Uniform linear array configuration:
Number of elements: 12
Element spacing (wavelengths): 0.5
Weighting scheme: binomial
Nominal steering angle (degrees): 30
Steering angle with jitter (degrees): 29.396
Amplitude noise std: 0.05
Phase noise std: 0.05

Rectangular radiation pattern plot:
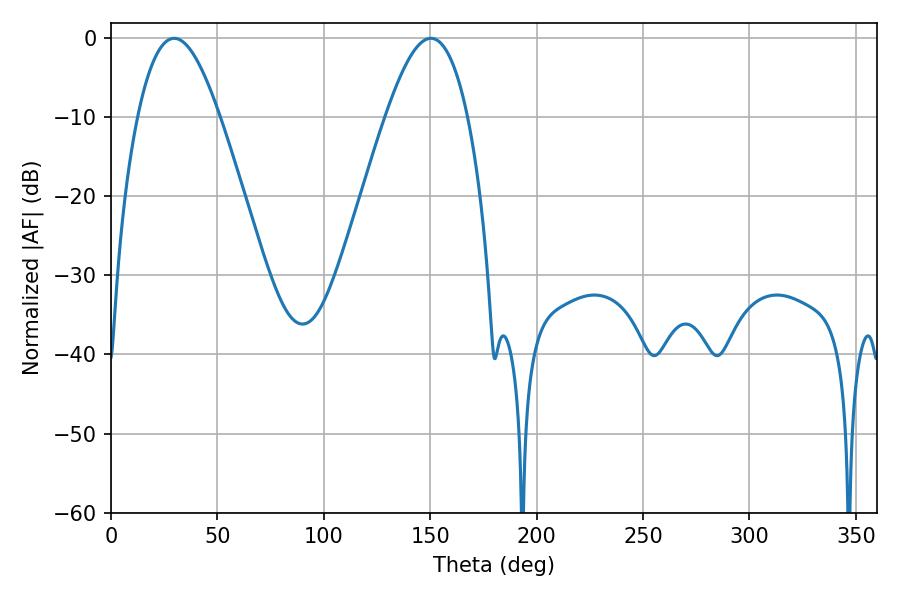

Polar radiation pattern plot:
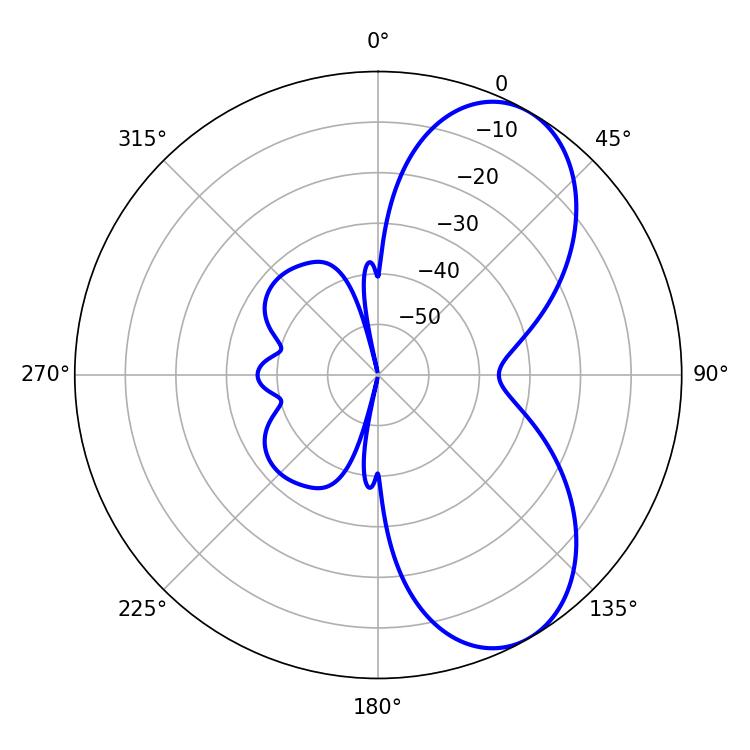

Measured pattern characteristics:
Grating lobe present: FALSE
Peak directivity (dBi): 6.955
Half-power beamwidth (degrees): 20.88
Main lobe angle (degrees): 29.7